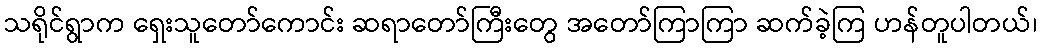
သရိုင်ရွာက ရှေးသူတော်ကောင်း ဆရာတော်ကြီးတွေ အတော်ကြာကြာ ဆက်ခဲ့ကြ ဟန်တူပါတယ်၊